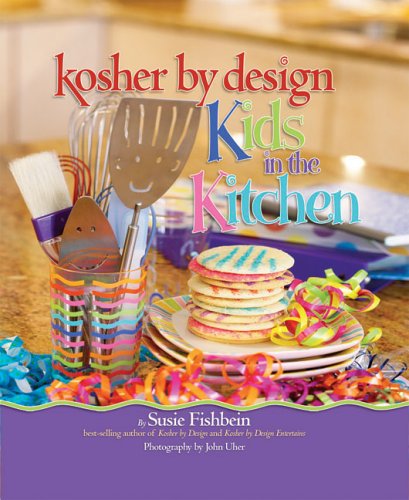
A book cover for Kosher by Design Kids in the Kitchen; Susie Fishbein; Children's Books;